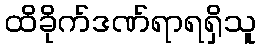
ထိခိုက်ဒဏ်ရာရရှိသူ